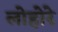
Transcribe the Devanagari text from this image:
लोहोरे